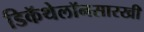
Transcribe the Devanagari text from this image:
डिकॅथेलॉनसारखी